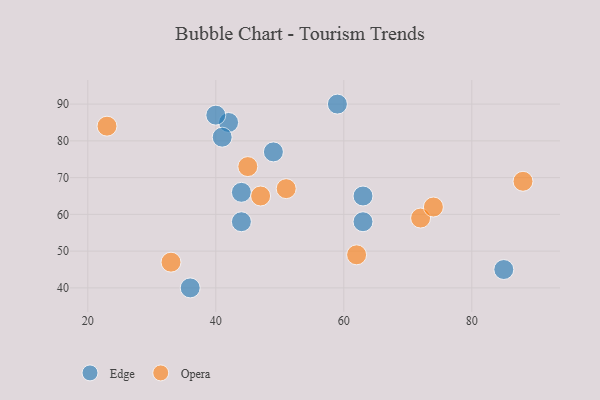
{"axis": {"x": "GDP", "y": "Life Expectancy"}, "legend": ["Edge", "Opera"], "data": [{"x": "59", "y": 90, "type": "Edge"}, {"x": "63", "y": 65, "type": "Edge"}, {"x": "44", "y": 66, "type": "Edge"}, {"x": "63", "y": 58, "type": "Edge"}, {"x": "49", "y": 77, "type": "Edge"}, {"x": "42", "y": 85, "type": "Edge"}, {"x": "40", "y": 87, "type": "Edge"}, {"x": "44", "y": 58, "type": "Edge"}, {"x": "85", "y": 45, "type": "Edge"}, {"x": "36", "y": 40, "type": "Edge"}, {"x": "41", "y": 81, "type": "Edge"}, {"x": "23", "y": 84, "type": "Opera"}, {"x": "45", "y": 73, "type": "Opera"}, {"x": "72", "y": 59, "type": "Opera"}, {"x": "33", "y": 47, "type": "Opera"}, {"x": "51", "y": 67, "type": "Opera"}, {"x": "47", "y": 65, "type": "Opera"}, {"x": "62", "y": 49, "type": "Opera"}, {"x": "88", "y": 69, "type": "Opera"}, {"x": "74", "y": 62, "type": "Opera"}]}